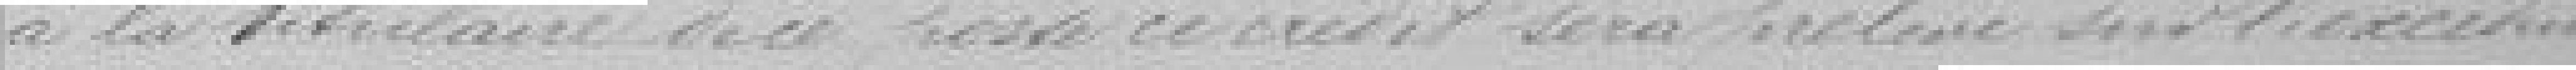
à la titulaire de ce poste. Ce crédit sera prélevé sur l'excédent